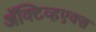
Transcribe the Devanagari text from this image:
ॲक्टिव्हएक्स